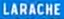
LARACHE